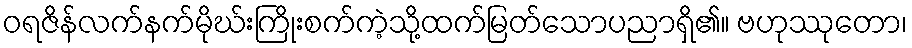
ဝရဇိန်လက်နက်မိုဃ်းကြိုးစက်ကဲ့သို့ထက်မြတ်သောပညာရှိ၏။ ဗဟုဿုတော၊